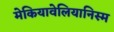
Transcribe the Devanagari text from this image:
मेकियावेलियानिस्म